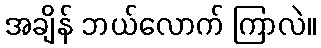
အချိန် ဘယ်လောက် ကြာလဲ။